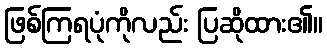
ဖြစ်ကြရပုံကိုလည်း ပြဆိုထား၏။